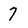
Character: 7